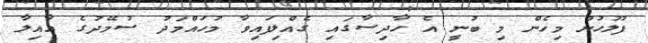
ފުލުހުން މިހެން މި ބުނީ އެ ހާދިސާގައި ގެއްލިފައިވާ މުހައްމަދު ސުމޭދުގެ އާއިލާ